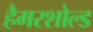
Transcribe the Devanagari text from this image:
हैमरशोल्ड